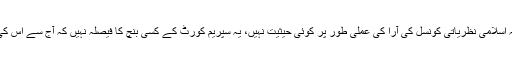
البتہ ایک اہم نقطہ یاد رہے کہ اسلامی نظریاتی کونسل کی آرا کی عملی طور پر کوئی حیثیت نہیں، یہ سپریم کورٹ کے کسی بنچ کا فیصلہ نہیں کہ آج سے اس کی قانونی حیثیت بن جائے گی۔